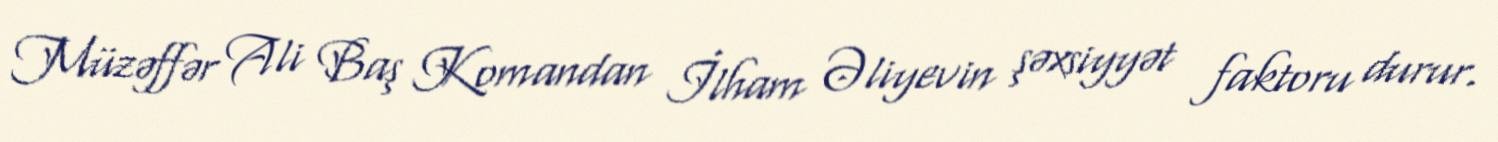
Müzəffər Ali Baş Komandan İlham Əliyevin şəxsiyyət faktoru durur.